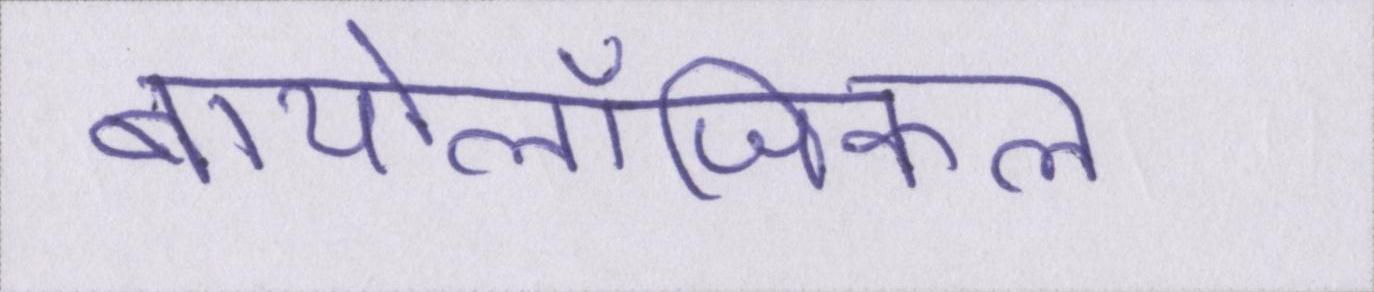
बायोलॉजिकल